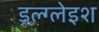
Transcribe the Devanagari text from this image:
डल्ग्लेइश